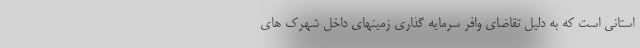
استانی است که به دلیل تقاضای وافر سرمایه گذاری زمینهای داخل شهرک های